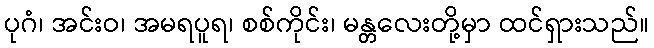
ပုဂံ၊ အင်းဝ၊ အမရပူရ၊ စစ်ကိုင်း၊ မန္တလေးတို့မှာ ထင်ရှားသည်။